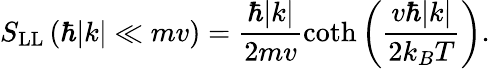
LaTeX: S_{\mathrm{LL}}\left(\hbar|k|\ll mv\right)=\frac{\hbar|k|}{2mv}\coth\left(\frac{v\hbar|k|}{2k_{B}T}\right).